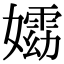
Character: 𡢵